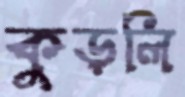
কুড়লি